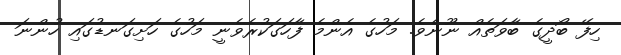
ހިފޭ ބޯދީގެ ބާވަތެއް ނޫނެވެ. މަހުގެ އެންމެ ފާހަގަކުރެވެނީ މަހުގެ ހަށިގަނޑުގައި ހުންނަ